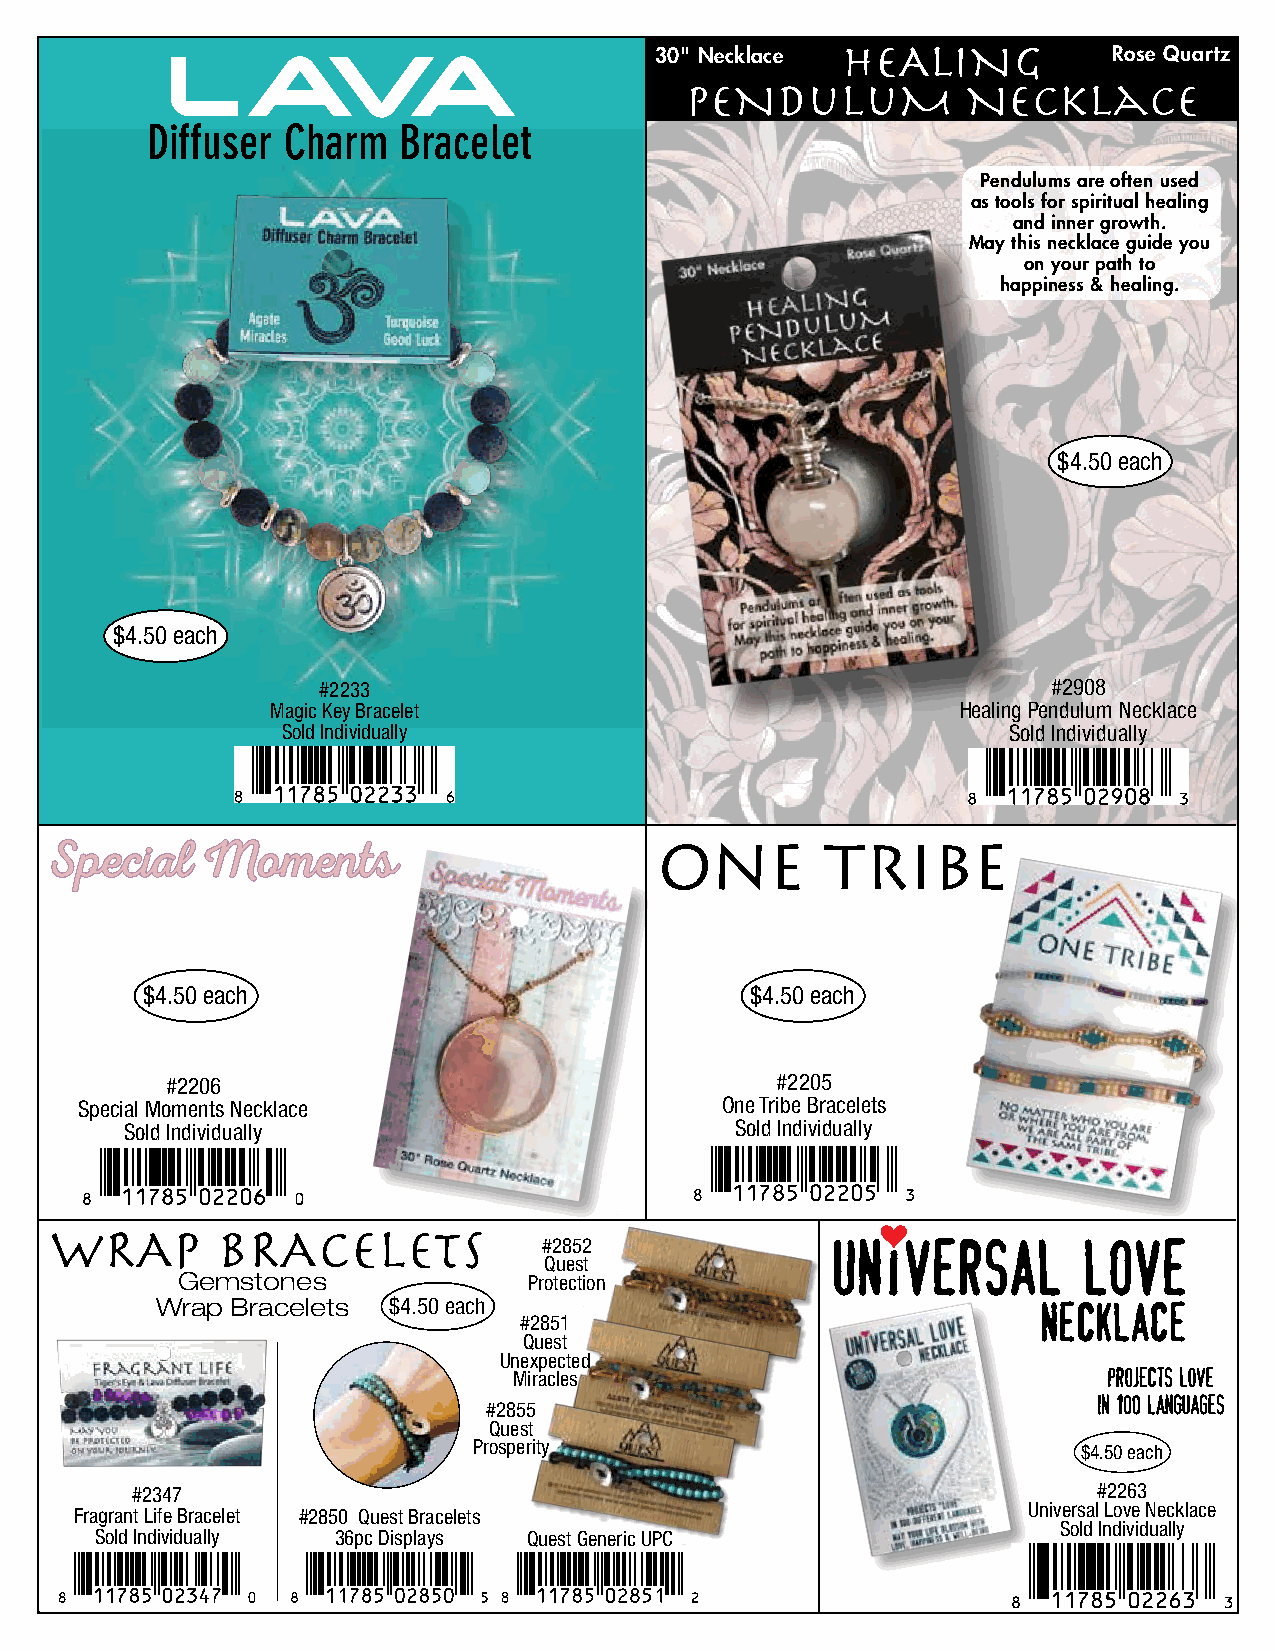
L     AVA
 30" Necklace HEALING           Rose Quartz
 PENDuLuM           Necklace
 Diffuser Charm  Bracelet
 Pendulums are often used
 as tools for spiritual healing
 and inner growth.
 May this necklace guide you
 on your path to
 happiness & healing.
 $4.50 each
 $4.50 each
 #2233                                            #2908
 Magic Key Bracelet                            Healing Pendulum Necklace
 Sold Individually                               Sold Individually
 ONE        TRIBE
 $4.50 each                               $4.50 each
 #2206                                   #2205
 Special Moments Necklace                   One Tribe Bracelets
 Sold Individually                        Sold Individually
 #2852
 Quest
 Gemstones              Protection
 Wrap Bracelets  $4.50 each
 #2851
 Quest
 Unexpected
 Miracles
 #2855
 Quest
 Prosperity                               $4.50 each
 #2347                                                           #2263
 Universal Love Necklace
 Fragrant Life Bracelet #2850 Quest Bracelets
 Sold Individually
 Sold Individually 36pc Displays Quest Generic UPC